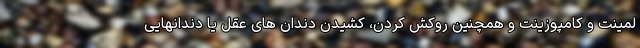
لمینت و کامپوزینت و همچنین روکش کردن، کشیدن دندان های عقل یا دندانهایی